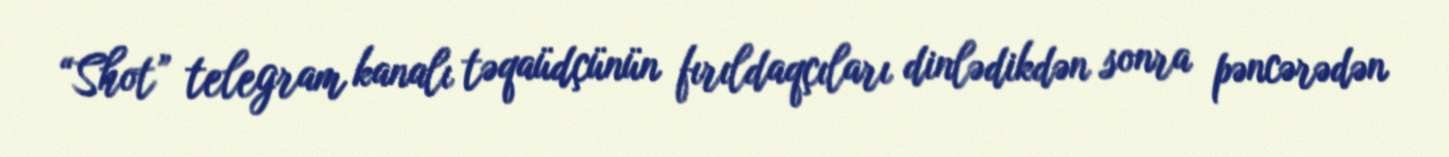
“Shot” telegram kanalı təqaüdçünün fırıldaqçıları dinlədikdən sonra pəncərədən